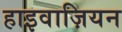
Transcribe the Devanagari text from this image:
हाइवाज़ियन